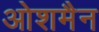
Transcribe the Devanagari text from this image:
ओशमैन